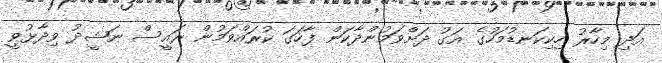
އަދި މިހާރު ހިކިކަނޑުމަހުގެ އަގު ދަށްވަމުންދާކަން ފާހަގަ ކުރައްވަމުން ރައީސް ނަޝީދު ވިދާޅުވީ